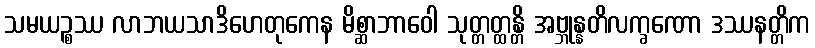
သမယဉ္စဿ လာဘယသာဒိဟေတုကေန မိစ္ဆာဘာဝေါ သုတ္တတ္ထန္တိ အဗ္ဘုန္နတိလက္ခဏော ဒဿနတ္တိက